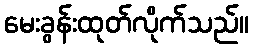
မေးခွန်းထုတ်လိုက်သည်။